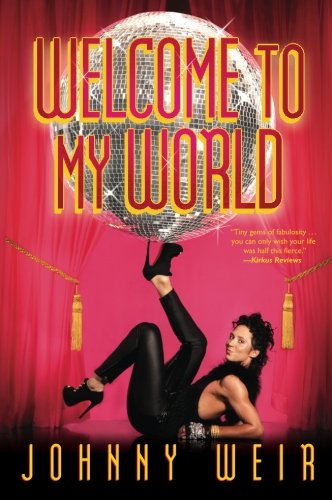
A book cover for Welcome to My World; Johnny Weir; Sports & Outdoors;